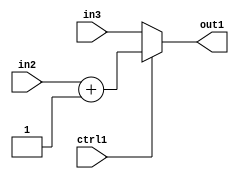
`timescale 1ps / 1ps
/*****************************************************************************
    Verilog RTL Description
    
    
    Created by: Stratus DpOpt 2019.1.01 
*******************************************************************************/

module st_weight_addr_gen_MuxAdd2i1u16u16u1_4_10 (
	in3,
	in2,
	ctrl1,
	out1
	); /* architecture "behavioural" */ 
input [15:0] in3,
	in2;
input  ctrl1;
output [15:0] out1;
wire [15:0] asc001,
	asc002;

assign asc002 = 
	+(in2)
	+(16'B0000000000000001);

reg [15:0] asc001_tmp_0;
assign asc001 = asc001_tmp_0;
always @ (ctrl1 or asc002 or in3) begin
	case (ctrl1)
		1'B1 : asc001_tmp_0 = asc002 ;
		default : asc001_tmp_0 = in3 ;
	endcase
end

assign out1 = asc001;
endmodule

/* CADENCE  v7X1SwE= : u9/ySgnWtBlWxVPRXgAZ4Og= ** DO NOT EDIT THIS LINE ******/